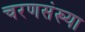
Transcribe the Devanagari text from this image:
चरणसंख्या